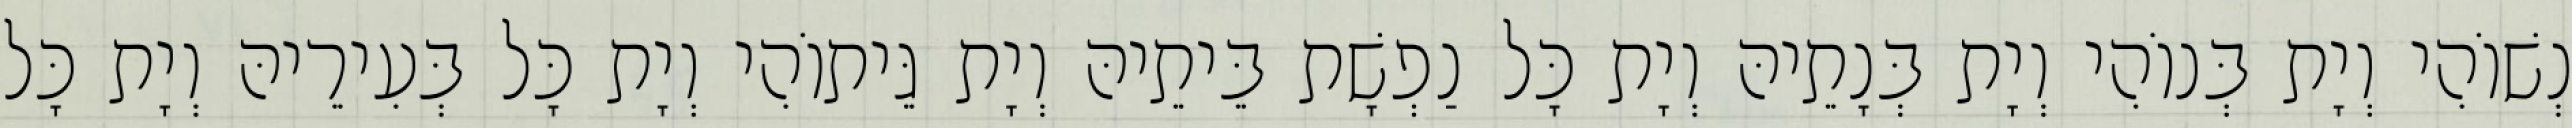
נְשׁוֹהִי וְיָת בְּנוֹהִי וְיָת בְּנָתֵיהּ וְיָת כָּל נַפְשָׁת בֵּיתֵיהּ וְיָת גֵּיתוֹהִי וְיָת כָּל בְּעִירֵיהּ וְיָת כָּל